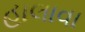
હાલાવા